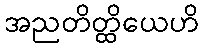
အညတိတ္ထိယေဟိ